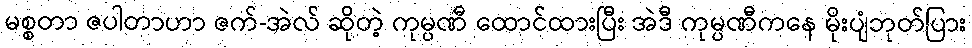
မစ္စတာ ဇပါတာဟာ ဇက်-အဲလ် ဆိုတဲ့ ကုမ္ပဏီ ထောင်ထားပြီး အဲဒီ ကုမ္ပဏီကနေ မိုးပျံဘုတ်ပြား